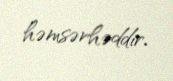
həmsərhəddir.